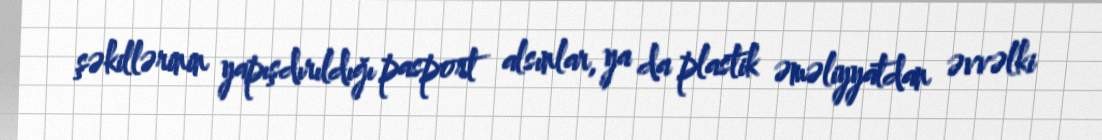
şəkillərinin yapışdırıldığı pasport alsınlar, ya da plastik əməliyyatdan əvvəlki